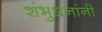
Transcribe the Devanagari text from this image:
शंभुधनांनी